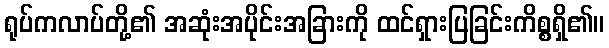
ရုပ်ကလာပ်တို့၏ အဆုံးအပိုင်းအခြားကို ထင်ရှားပြခြင်းကိစ္စရှိ၏။